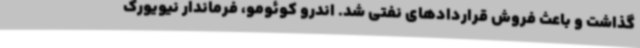
گذاشت و باعث فروش قراردادهای نفتی شد. اندرو کوئومو، فرماندار نیویورک